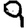
Digit: 9